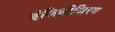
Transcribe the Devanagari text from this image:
इंजिनीअिरग